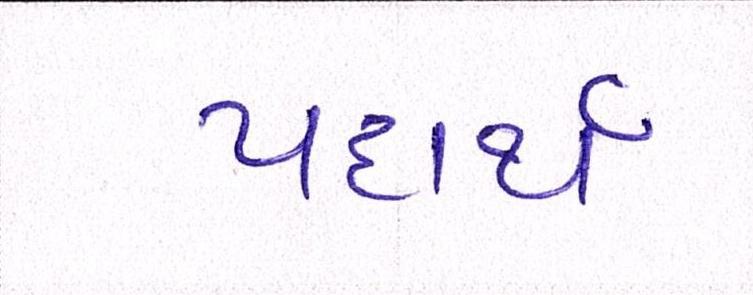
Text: પદાર્થ